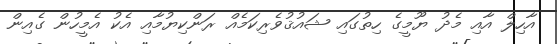
އާހިލް އާއި މެދު ޔޫމީގެ ހިތުގައި ޝައުޤުވެރިކަމެއް ރަންކިޔުމާއި އެކު އެމީހުން ގެއިން